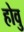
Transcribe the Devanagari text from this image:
होवु